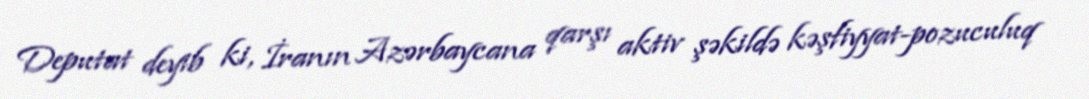
Deputat deyib ki, İranın Azərbaycana qarşı aktiv şəkildə kəşfiyyat-pozuculuq